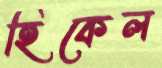
হিকেল